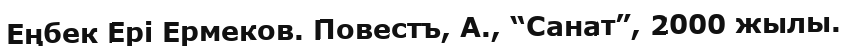
Еңбек Ері Ермеков. Повестъ, А., “Санат”, 2000 жылы.